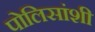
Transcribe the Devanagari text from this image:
पोलिसांशी